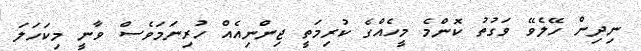
ނިދިން ހޭލެވޭ ވަގުތު ކޮންމެ މީހެއްގެ ކުރިމަތީ ޖިންނިއެއް ހުރިނަމަވެސް ވާނީ މިކަހަލަ